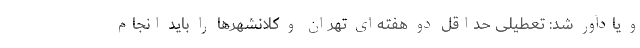
و یادآور شد: تعطیلی حداقل دو هفته‌ای تهران و کلانشهر‌ها را باید انجام